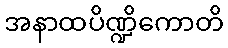
အနာထပိဏ္ဍိကောတိ